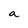
Character: a